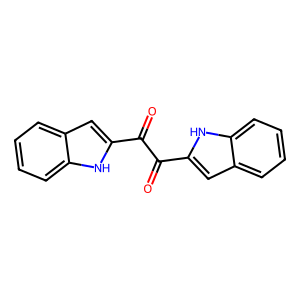
SMILES: O=C(C(=O)c1cc2ccccc2[nH]1)c1cc2ccccc2[nH]1
Inhibits HIV replication: No